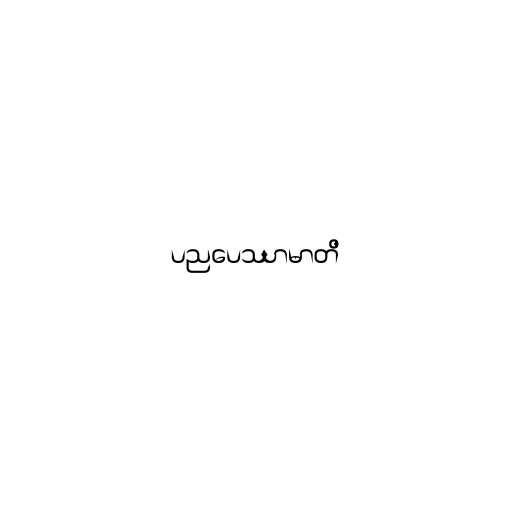
ပညပေဿာမာတိ